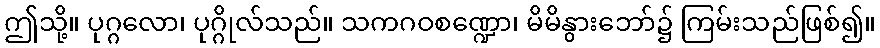
ဤသို့။ ပုဂ္ဂလော၊ ပုဂ္ဂိုလ်သည်။ သကဂဝစဏ္ဍော၊ မိမိနွားဘော်၌ ကြမ်းသည်ဖြစ်၍။